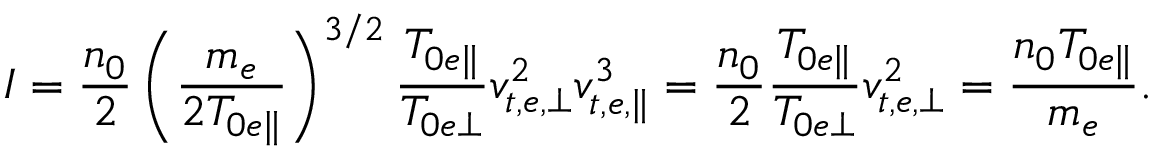
I = \frac { n _ { 0 } } { 2 } \left( \frac { m _ { e } } { 2 T _ { 0 e \parallel } } \right) ^ { 3 / 2 } \frac { T _ { 0 e \parallel } } { T _ { 0 e \perp } } v _ { t , e , \perp } ^ { 2 } v _ { t , e , \parallel } ^ { 3 } = \frac { n _ { 0 } } { 2 } \frac { T _ { 0 e \parallel } } { T _ { 0 e \perp } } v _ { t , e , \perp } ^ { 2 } = \frac { n _ { 0 } T _ { 0 e \parallel } } { m _ { e } } .